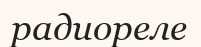
радиореле